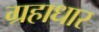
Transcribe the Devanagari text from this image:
ग्रहाधार